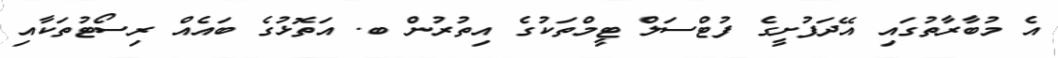
އެ މުބާރާތުގައި އޭދަފުށީގެ ފުޓްސަލް ޓީމްތަކުގެ އިތުރުން ބ. އަތޮޅުގެ ބައެއް ރިސޯޓުތަކާއި